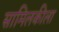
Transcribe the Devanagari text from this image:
सामिलकीला